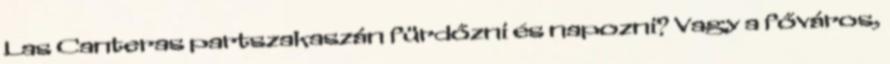
Las Canteras partszakaszán fürdőzni és napozni? Vagy a főváros,